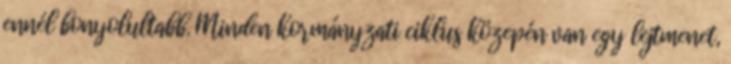
ennél bonyolultabb. Minden kormányzati ciklus közepén van egy lejtmenet,